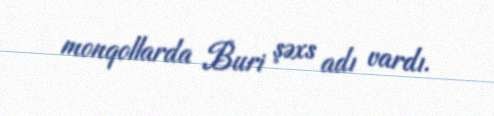
monqollarda Buri şəxs adı vardı.